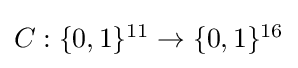
{\textstyle C:\{0,1\}^{11}\to \{0,1\}^{16}}